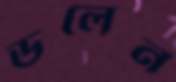
ডলেন